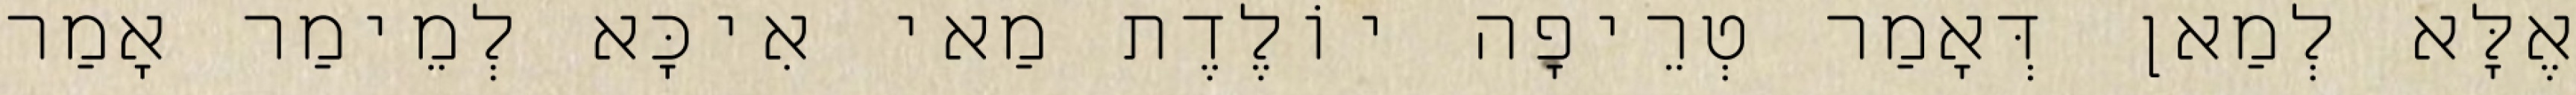
אֶלָּא לְמַאן דְּאָמַר טְרֵיפָה יוֹלֶדֶת מַאי אִיכָּא לְמֵימַר אָמַר